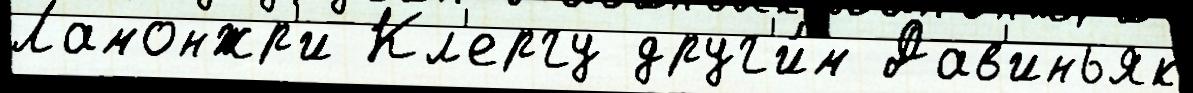
Ламонжр'и Кл'ергу друг'и́м Дав'иньяк